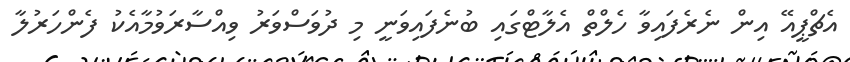
އެޗްޕީއޭ އިން ނެރެފައިވާ ހެލްތް އެލާޓްގައި ބުނެފައިވަނީ މި ދުވަސްވަރު ވިއްސާރަވުމާއެކު ފެންހަރުލާ